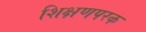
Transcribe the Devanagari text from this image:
शिक्षणपरक